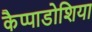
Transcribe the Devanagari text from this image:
कैप्पाडोशिया